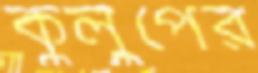
কুলুপের